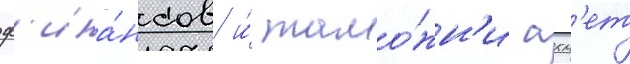
ф'ина́нсов и́ тамо́жн'и ахм'ет